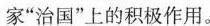
家”治国”上的积极作用。